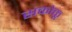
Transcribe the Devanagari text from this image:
सकोकू